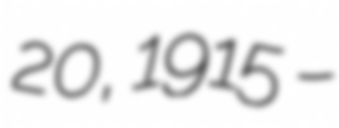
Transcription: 20, 1915 –